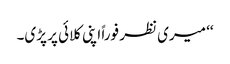
‘‘ میری نظر فوراً اپنی کلائی پر پڑی۔